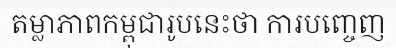
តម្លាភាពកម្ពុជារូបនេះថា ការបញ្ចេញ